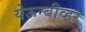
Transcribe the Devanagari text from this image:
येऊन्बीव्हर